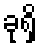
ခုရှိ